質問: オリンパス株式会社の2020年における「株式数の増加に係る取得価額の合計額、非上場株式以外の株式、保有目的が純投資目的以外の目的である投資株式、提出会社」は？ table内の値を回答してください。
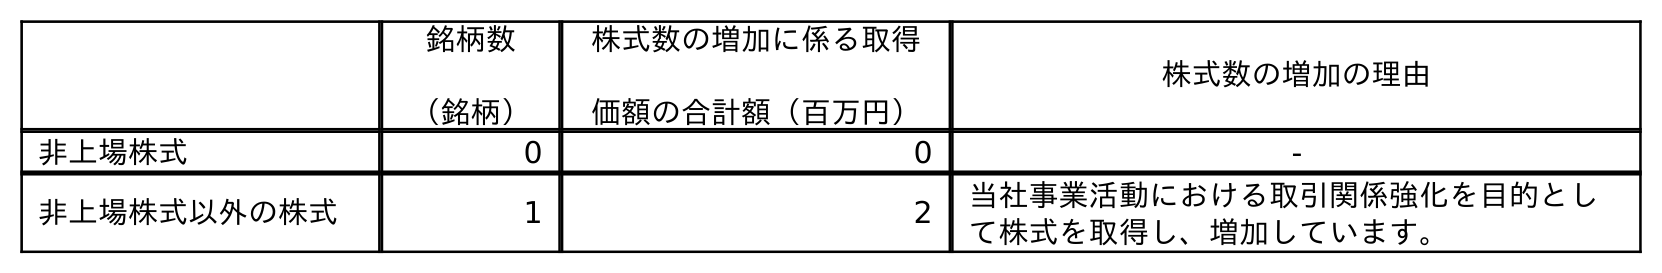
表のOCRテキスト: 銘柄数 （銘柄） 株式数の増加に係る取得 価額の合計額（百万円） 株式数の増加の理由 非上場株式 0 0 - 非上場株式以外の株式 1 2 当社事業活動における取引関係強化を目的とし て株式を取得し、増加しています。
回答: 2